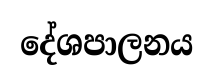
දේශපාලනය